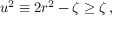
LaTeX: u ^ { 2 } \equiv 2 r ^ { 2 } - \zeta \geq \zeta \, ,